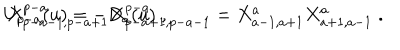
U _ { p - a } ( u ) = - D _ { a } ( u ) \; , \hspace { 1 c m } X _ { p - a - 1 , p - a + 1 } ^ { p - a } X _ { p - a + 1 , p - a - 1 } ^ { p - a } = X _ { a - 1 , a + 1 } ^ { a } X _ { a + 1 , a - 1 } ^ { a } \; .